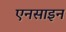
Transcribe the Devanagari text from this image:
एनसाइन